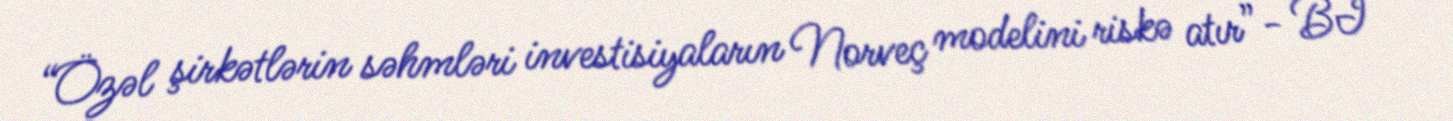
“Özəl şirkətlərin səhmləri investisiyaların Norveç modelini riskə atır”- BI